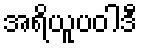
အရိယူပဝါဒီ